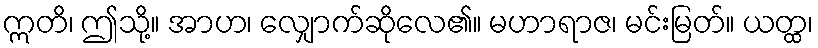
ဣတိ၊ ဤသို့။ အာဟ၊ လျှောက်ဆိုလေ၏။ မဟာရာဇ၊ မင်းမြတ်။ ယတ္ထ၊